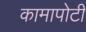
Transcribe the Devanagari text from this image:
कामापोटी